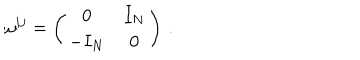
\omega ^ { i j } = \left( \begin{array} { c c } { { 0 } } & { { I _ { N } } } \\ { { - I _ { N } } } & { { 0 } } \\ \end{array} \right) \, .